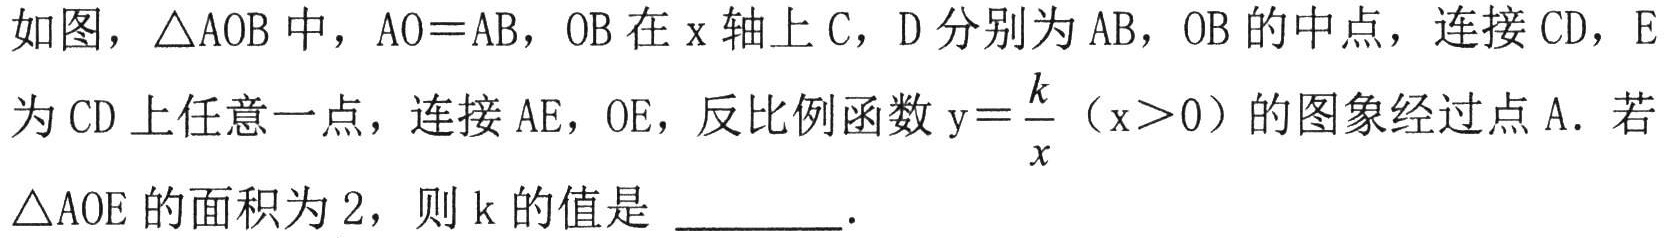
如图，$\triangle \mathrm{A}\mathrm{O}\mathrm{B}$中，$\mathrm{A}\mathrm{O}=\mathrm{A}\mathrm{B}$，$\mathrm{O}\mathrm{B}$在$\mathrm{x}$轴上$\mathrm{C}$，$\mathrm{D}$分别为$\mathrm{A}\mathrm{B}$，$\mathrm{O}\mathrm{B}$的中点，连接$\mathrm{C}\mathrm{D}$，$\mathrm{E}$为$\mathrm{C}\mathrm{D}$上任意一点，连接$\mathrm{A}\mathrm{E}$，$\mathrm{O}\mathrm{E}$，反比例函数$\mathrm{y}=\frac{k}{x}$（$\mathrm{x}>0$）的图象经过点$\mathrm{A}$．若$\triangle \mathrm{A}\mathrm{O}\mathrm{E}$的面积为$2$，则$\mathrm{k}$的值是 ________．